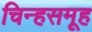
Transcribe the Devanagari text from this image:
चिन्हसमूह